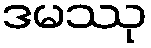
ဒမဿု